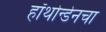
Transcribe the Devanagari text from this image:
हॉथोर्न्डेनचा